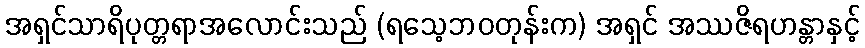
အရှင်သာရိပုတ္တရာအလောင်းသည် (ရသေ့ဘဝတုန်းက) အရှင် အဿဇိရဟန္တာနှင့်